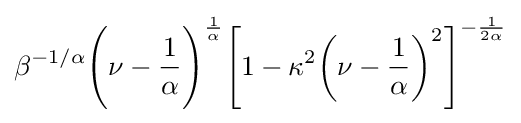
\beta ^{-1/\alpha }{\Bigg (}\nu -{\frac {1}{\alpha }}{\Bigg )}^{\frac {1}{\alpha }}{\Bigg [}1-\kappa ^{2}{\bigg (}\nu -{\frac {1}{\alpha }}{\bigg )}^{2}{\Bigg ]}^{-{\frac {1}{2\alpha }}}